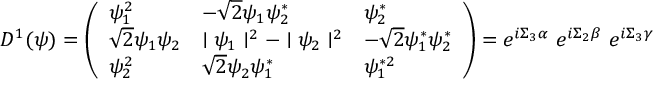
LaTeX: D ^ { 1 } ( \psi ) = \left( \begin{array} { l l l } { { \psi _ { 1 } ^ { 2 } } } & { { - \sqrt { 2 } \psi _ { 1 } \psi _ { 2 } ^ { * } } } & { { \psi _ { 2 } ^ { * } } } \\ { { \sqrt { 2 } \psi _ { 1 } \psi _ { 2 } } } & { { \mid \psi _ { 1 } \mid ^ { 2 } - \mid \psi _ { 2 } \mid ^ { 2 } } } & { { - \sqrt { 2 } \psi _ { 1 } ^ { * } \psi _ { 2 } ^ { * } } } \\ { { \psi _ { 2 } ^ { 2 } } } & { { \sqrt { 2 } \psi _ { 2 } \psi _ { 1 } ^ { * } } } & { { \psi _ { 1 } ^ { * 2 } } } \end{array} \right) = e ^ { i \Sigma _ { 3 } \alpha } ~ e ^ { i \Sigma _ { 2 } \beta } ~ e ^ { i \Sigma _ { 3 } \gamma }